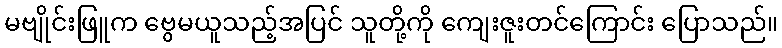
မဗျိုင်းဖြူက ဗွေမယူသည့်အပြင် သူတို့ကို ကျေးဇူးတင်ကြောင်း ပြောသည်။